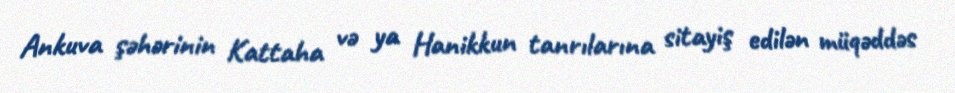
Ankuva şəhərinin Kattaha və ya Hanikkun tanrılarına sitayiş edilən müqəddəs